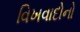
વિખવાદોનો